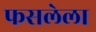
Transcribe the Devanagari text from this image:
फसलेला